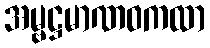
အမ္ဗဋ္ဌမာဏဝကထာ